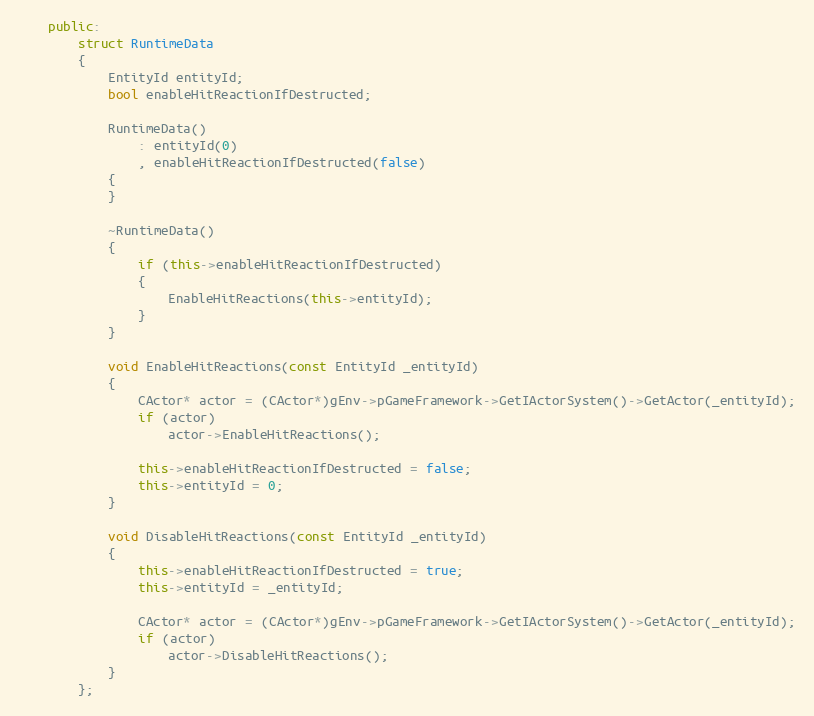
Language: C++
	public:
		struct RuntimeData
		{
			EntityId entityId;
			bool enableHitReactionIfDestructed;

			RuntimeData()
				: entityId(0)
				, enableHitReactionIfDestructed(false)
			{
			}

			~RuntimeData()
			{
				if (this->enableHitReactionIfDestructed)
				{
					EnableHitReactions(this->entityId);
				}
			}

			void EnableHitReactions(const EntityId _entityId)
			{
				CActor* actor = (CActor*)gEnv->pGameFramework->GetIActorSystem()->GetActor(_entityId);
				if (actor)
					actor->EnableHitReactions();

				this->enableHitReactionIfDestructed = false;
				this->entityId = 0;
			}

			void DisableHitReactions(const EntityId _entityId)
			{
				this->enableHitReactionIfDestructed = true;
				this->entityId = _entityId;

				CActor* actor = (CActor*)gEnv->pGameFramework->GetIActorSystem()->GetActor(_entityId);
				if (actor)
					actor->DisableHitReactions();
			}
		};